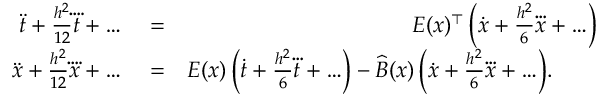
\begin{array} { r l r } { \ddot { t } + \frac { h ^ { 2 } } { 1 2 } \ddddot t + \ldots } & { { } = } & { E ( x ) ^ { \top } \, \Bigl ( \dot { x } + \frac { h ^ { 2 } } 6 \dddot x + \ldots \Bigr ) } \\ { \ddot { x } + \frac { h ^ { 2 } } { 1 2 } \ddddot x + \ldots } & { { } = } & { E ( x ) \, \Bigl ( \dot { t } + \frac { h ^ { 2 } } 6 \dddot t + \ldots \Bigr ) - \widehat B ( x ) \, \Bigl ( \dot { x } + \frac { h ^ { 2 } } 6 \dddot x + \ldots \Bigr ) . \qquad } \end{array}